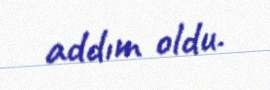
addım oldu.